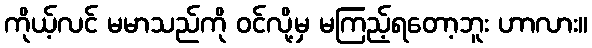
ကိုယ့်လင် မမာသည်ကို ဝင်လို့မှ မကြည့်ရတော့ဘူး ဟာလား။